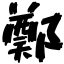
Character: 鄭